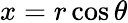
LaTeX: x=r\cos\theta